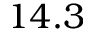
1 4 . 3